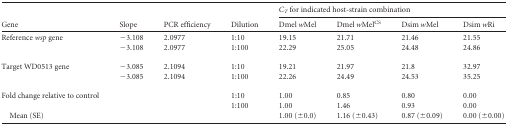
<table><thead><tr><td rowspan="2"><b>Gene</b></td><td rowspan="2"><b>Slope</b></td><td rowspan="2"><b>PCR efficiency</b></td><td rowspan="2"><b>Dilution</b></td><td colspan="4"><b><i>C<sub>T</sub></i> for indicated host-strain combination</b></td></tr><tr><td><b>Dmel <i>w</i>Mel</b></td><td><b>Dmel <i>w</i>Mel<sup>CS</sup></b></td><td><b>Dsim <i>w</i>Mel</b></td><td><b>Dsim <i>w</i>Ri</b></td></tr></thead><tbody><tr><td>Reference <i>wsp</i> gene</td><td>−3.108</td><td>2.0977</td><td>1:10</td><td>19.15</td><td>21.71</td><td>21.46</td><td>21.55</td></tr><tr><td></td><td>−3.108</td><td>2.0977</td><td>1:100</td><td>22.29</td><td>25.05</td><td>24.48</td><td>24.86</td></tr><tr><td>Target WD0513 gene</td><td>−3.085</td><td>2.1094</td><td>1:10</td><td>19.21</td><td>21.97</td><td>21.8</td><td>32.97</td></tr><tr><td></td><td>−3.085</td><td>2.1094</td><td>1:100</td><td>22.26</td><td>24.49</td><td>24.53</td><td>35.25</td></tr><tr><td>Fold change relative to control</td><td></td><td></td><td>1:10</td><td>1.00</td><td>0.85</td><td>0.80</td><td>0.00</td></tr><tr><td></td><td></td><td></td><td>1:100</td><td>1.00</td><td>1.46</td><td>0.93</td><td>0.00</td></tr><tr><td>Mean (SE)</td><td></td><td></td><td></td><td>1.00 (±0.0)</td><td>1.16 (±0.43)</td><td>0.87 (±0.09)</td><td>0.00 (±0.00)</td></tr></tbody></table>